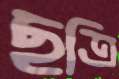
ছত্রি